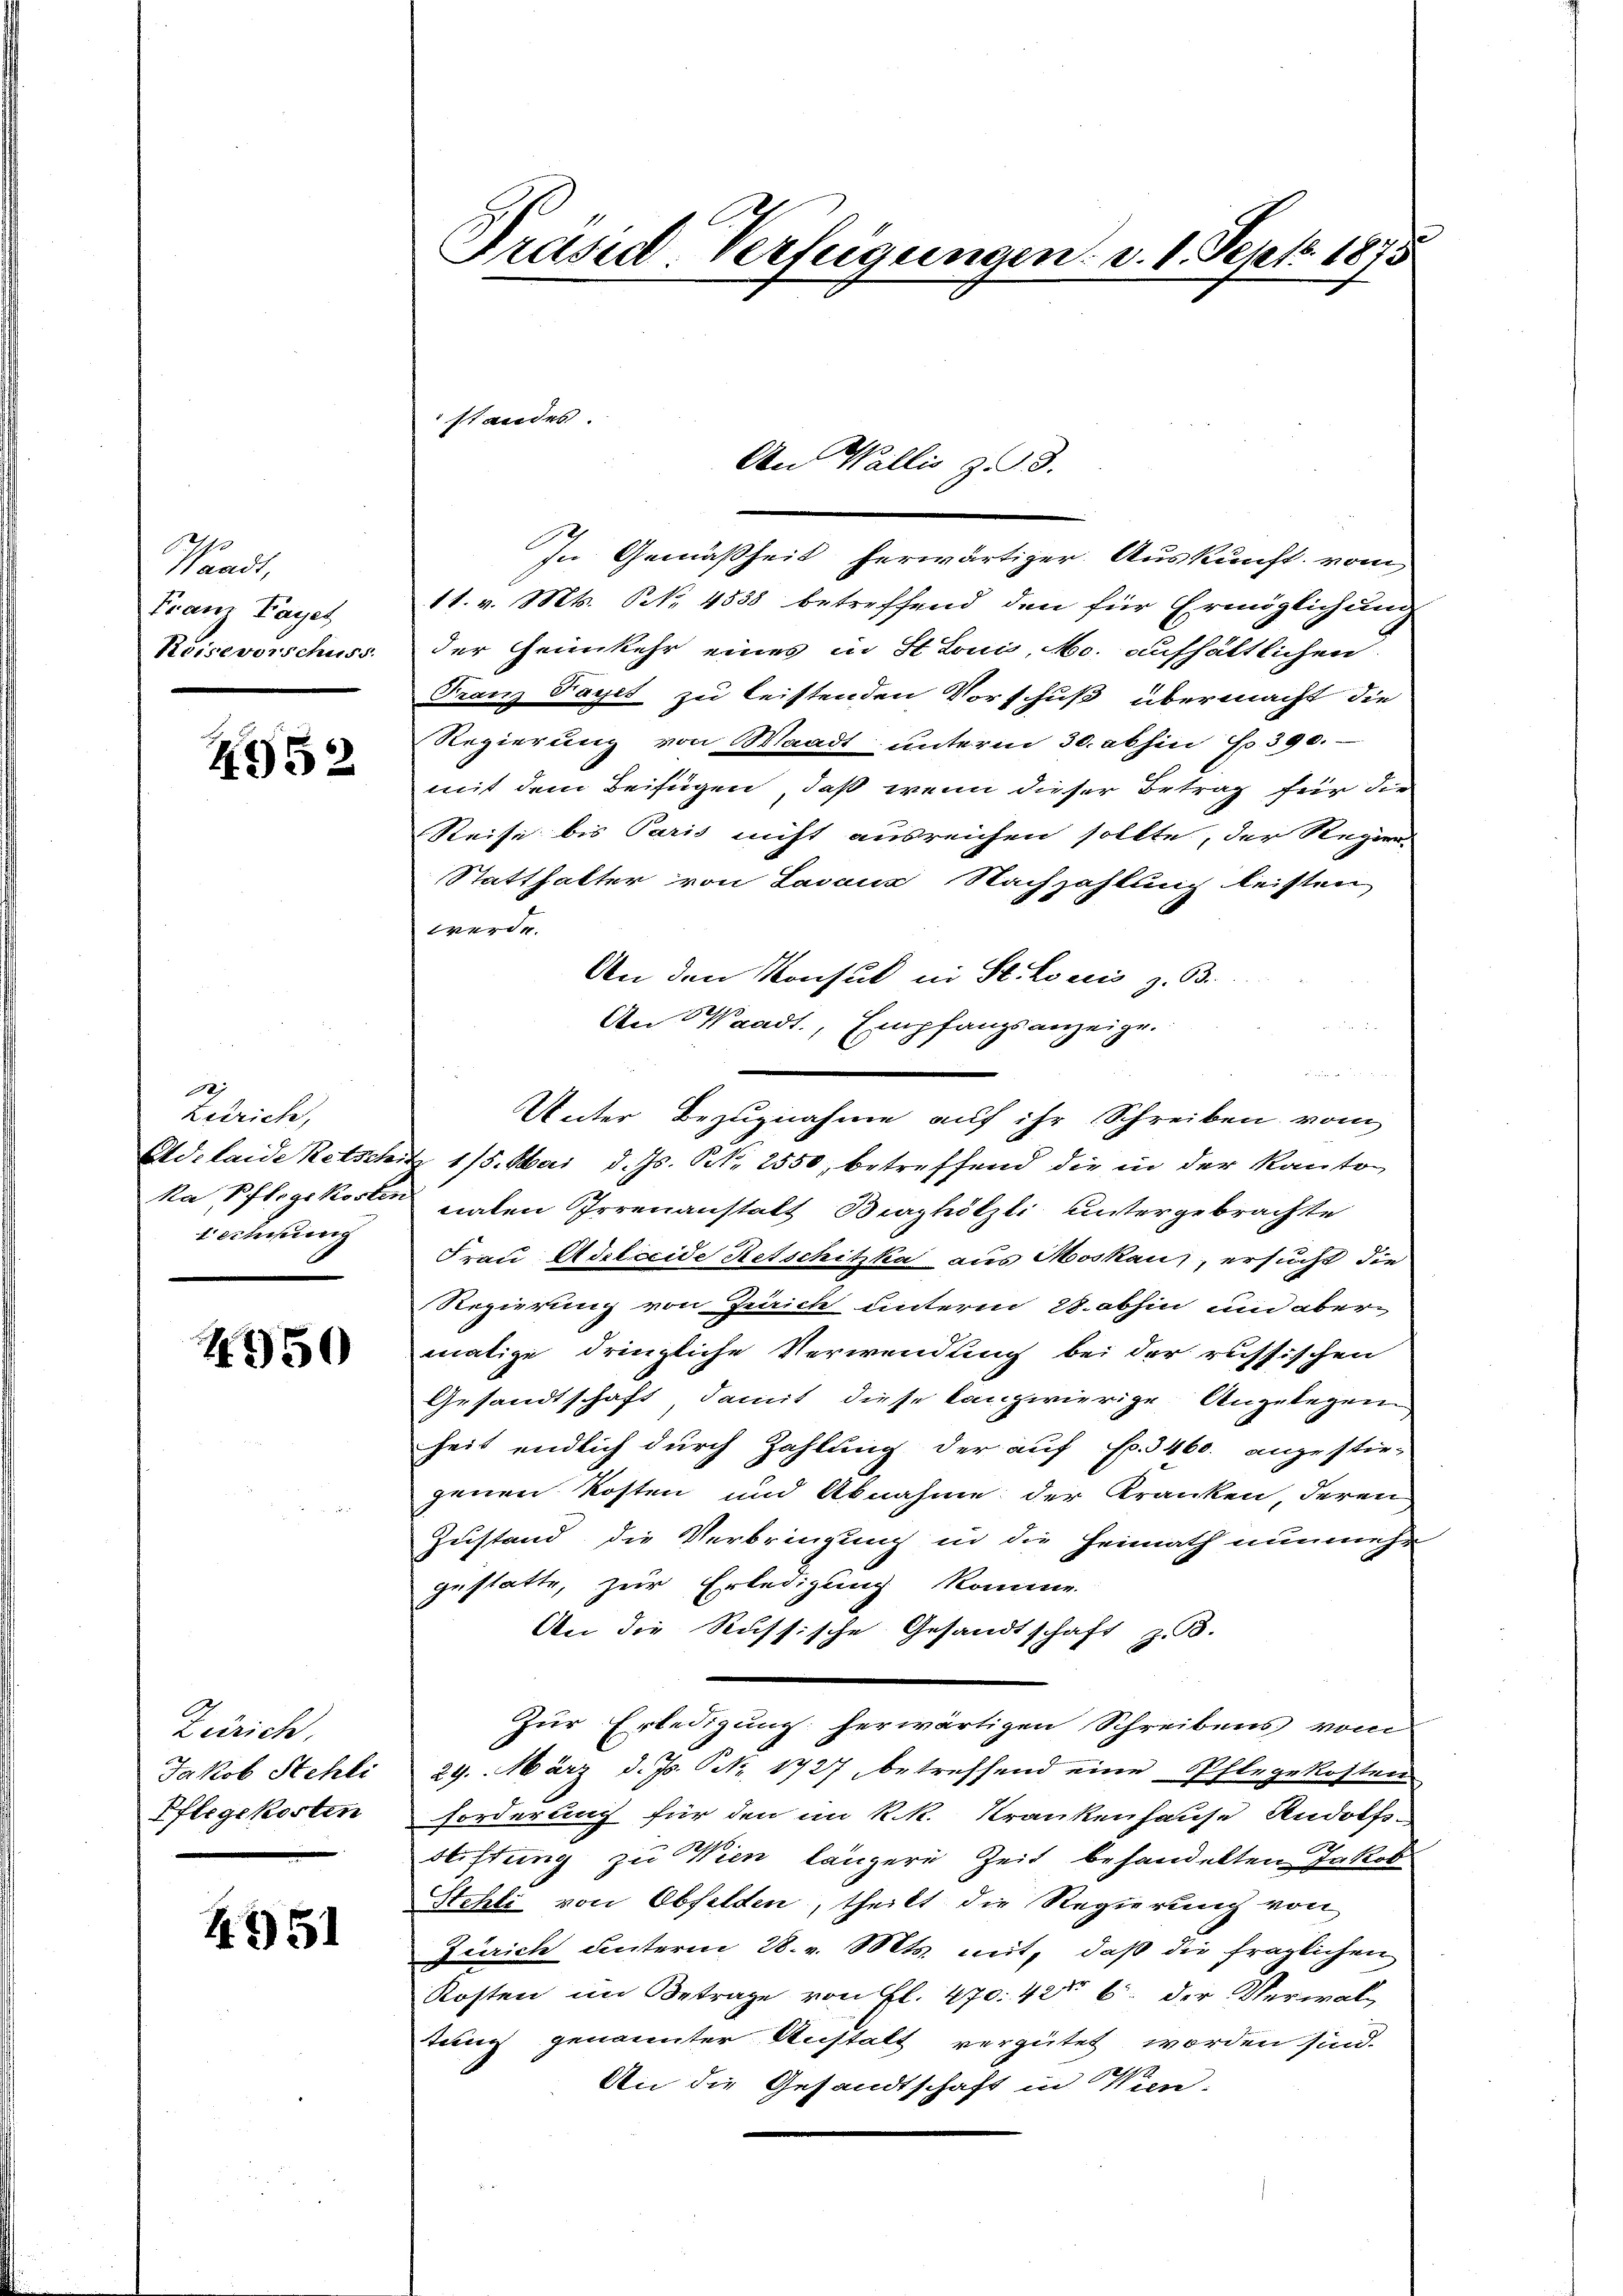
Waadt,
Franz Fayet
Keiseverschuss

4952

Bej
Leirich,
technung

4950

Zürich.
Jakob Stehli
Pflegekosten

4951

Prasud-Verfügungen. d. 1. Sept. 1875

standes.

e
An Wallis z. 3.

In Gemäßheit herwärtiger. Auskunft vom
11. v. Mts. S. 4558 betreffend den für Ermöglichung
der Heimkehr eines in Stonis, No. aufhältlichen
Franz Payer zu leistenden Vorschuß übermacht die
Regierung von Waadt unterm 30. abhin Fr. 390.
mit dem Beifügen, daß wenn dieser Betrag für die
Reise bis Paris nicht ausreichen sollte, der Regier
Statthalter von Lavaus Nachzahlung leisten
werde.
An den Konsul in St. Lociis z. B.
An Waadt, Empfangsanzeige.
u
Unter Bezugnahme auf ihr Schreiben vom
Adelaide Retschitz 115. Mai d. Js. S. 2550, betreffend die in der Kanton
ka Pflegekosten nahen Irrenanstalt Berghölzli untergebrachte
Frau Adelccide Retschikka aus Moskau, ersucht die
Regierung von Zürich unterm 28. abhin und aber
malige dringliche Verwendung bei der russischen
Gesandtschaft, damit diese kanzwierige Angelegen
heit endlich durch Zahlung der auf Fr. 3460. angestie-
genen Kosten und Abnahme der Kranken, deren
Zustand die Verbringung in die Heimath nunmehr
gestatte, zur Erledigung komme.
An die Russische Gesandtschaft z. B.
Zur Erledigung herwärtigen Schreibens vom
29. März d. Js. (N. 1727 betreffend eine Pflegekosten
forderung für den im k.k. Krankenhause Andolfs-
Stiftung zu Wien längere Zeit behandelten Jakob
Stehli von Obfelden, theilt die Regierung von
Zürich unterm 28. v. Mts. mit, daß die fraglichen
Kosten im Betrage von Fl. 470. 426. der Verwal
tung genannter Anstalt vergütet worden sind.
An die Gesandtschaft in Win-